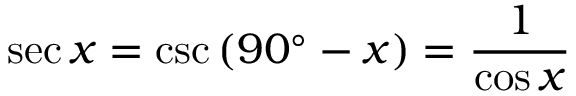
\sec x = \csc \left( 9 0 ^ { \circ } - x \right) = { \frac { 1 } { \cos x } }